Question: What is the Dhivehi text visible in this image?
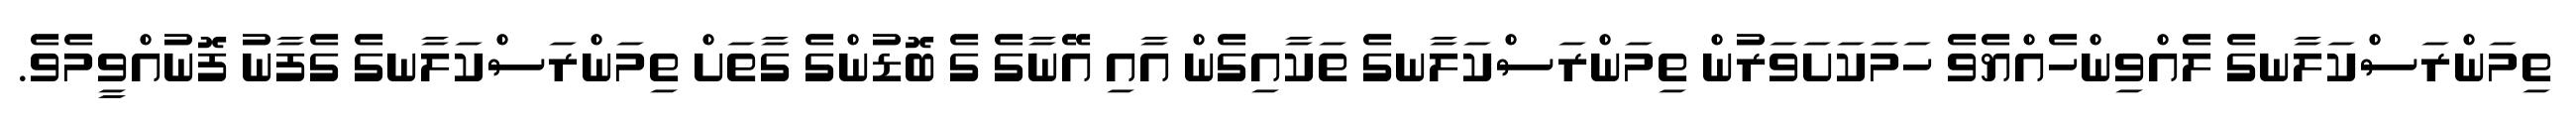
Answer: ތިމަންރަސްކަލާނގެ ލެއްވިންހެއްޔެވެ ހަމަކަށަވަރުން ތިމަންރަސްކަލާނގެ ތަކާއިގެން އާއި އޭނާގެ ގެ ބޮޑުންގެ ގާތަށް ތިމަންރަސްކަލާނގެ ގެފާނު ފޮނުއްވީމެވެ.